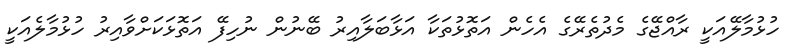
ހުޅުމާާލޭއަކީ ރާއްޖޭގެ މެދުތެރޭގެ އެހެން އަތޮޅުތަކާ އަޅާބަލާއިރު ބޭނުން ނުހިފޭ އަތޮޅަކަށްވާއިރު ހުޅުމާލެއަކީ